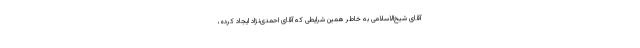
آقای شیخ‌الاسلامی به خاطر همین شرایطی که آقای احمدی‌نژاد ایجاد کرده،